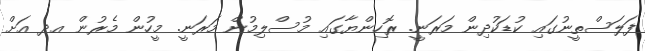
ފަލަސްތީނުގައި ކުޑަކުދިން މަރަނީ. ރޮހިންޔާގައި މުސްލިމުން މަރަނީ. މީހުން މެރުން އދ އަށް